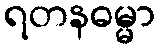
ရတနဓမ္မာ